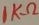
Text: 1KΩ